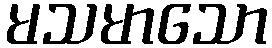
မသမာသော